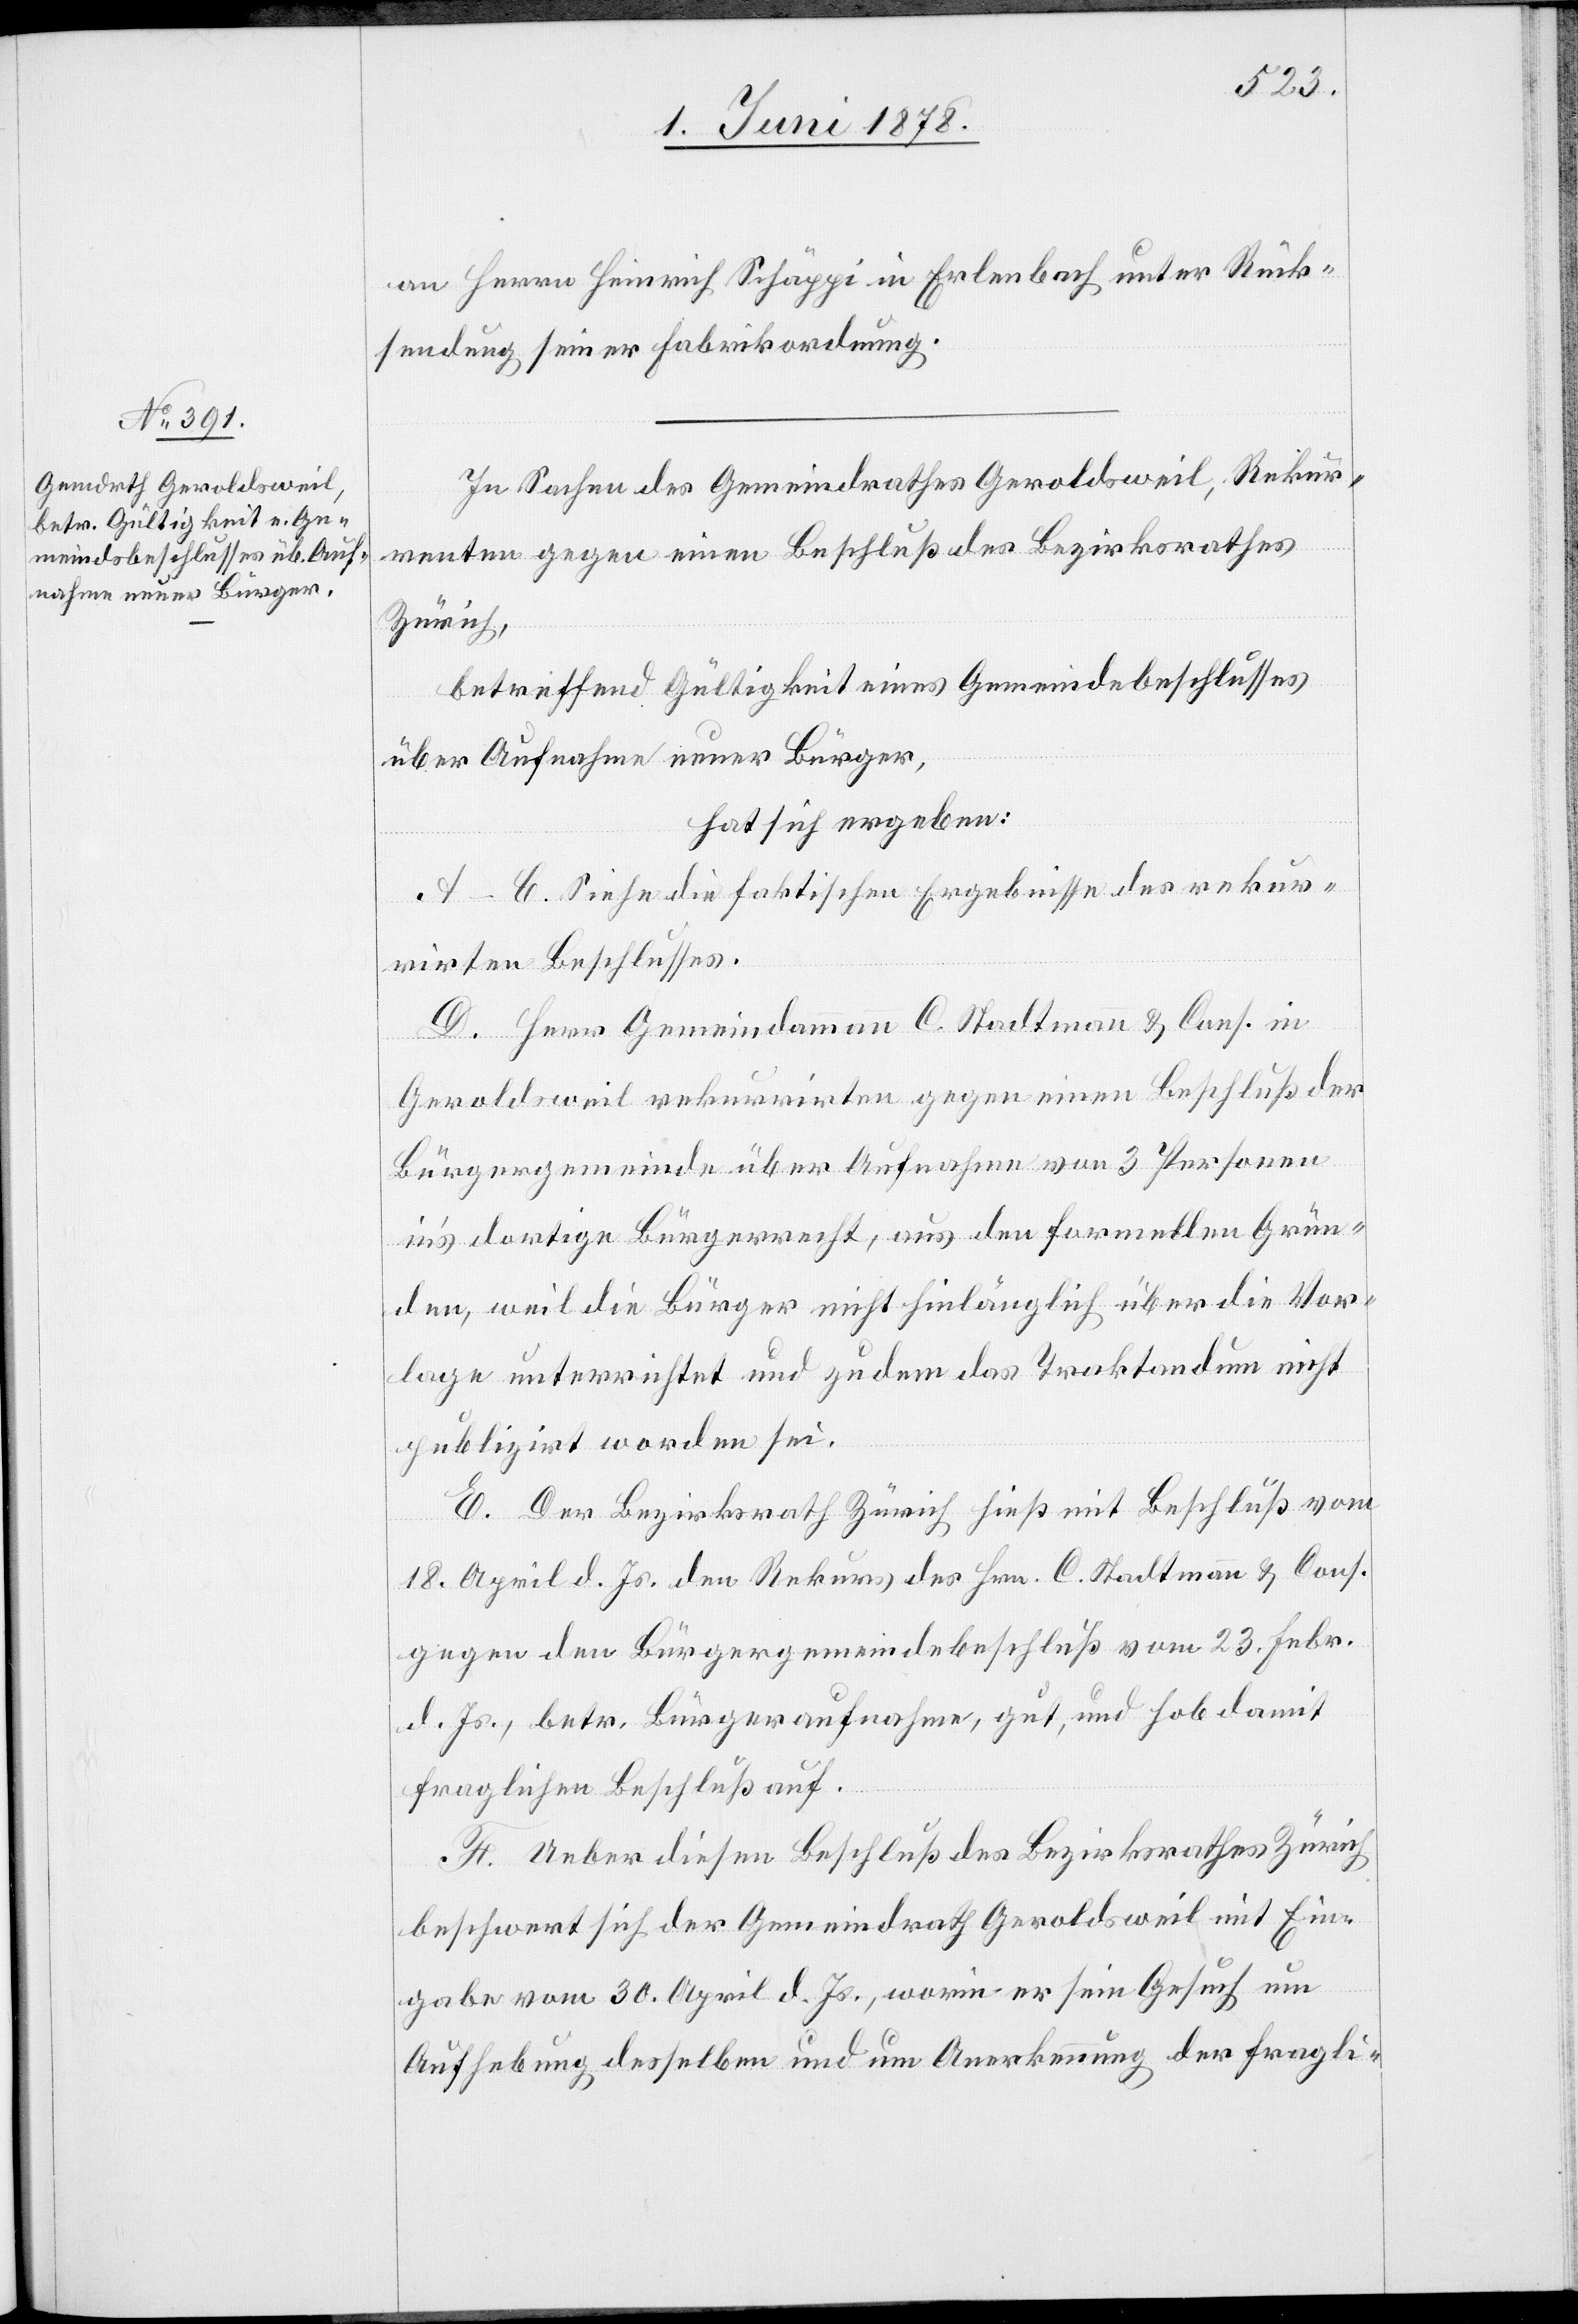
an Herrn Heinrich Schäppi in Erlenbach unter Rück¬
sendung seiner Fabrikordnung.
In Sachen des Gemeindrathes Geroldsweil, Rekur¬
renten gegen einen Beschluß des Bezirksrathes
Zürich,
betreffend Gültigkeit eines Gemeindebeschlusses
über Aufnahme neuer Bürger,
hat sich ergeben:
A–C. Siehe die faktischen Ergebnisse des rekur¬
rirten Beschlusses.
D. Herr Gemeindammann C. Stadtmann & Cons. in
Geroldsweil rekurrirten gegen einen Beschluß der
Bürgergemeinde über Aufnahme von 3 Personen
in’s dortige Bürgerrecht, aus den formellen Grün¬
den, weil die Bürger nicht hinlänglich über die Vor¬
lage unterrichtet und zudem das Traktandum nicht
publizirt worden sei.
E. Der Bezirksrath Zürich hieß mit Beschluß vom
18. April d. Js. den Rekurs des Hrn. C. Stadtmann & Cons.
gegen den Bürgergemeindebeschluß vom 23. Febr.
d. Js., betr. Bürgeraufnahme, gut, und hob damit
fraglichen Beschluß auf.
F. Ueber diesen Beschluß des Bezirksrathes Zürich
beschwert sich der Gemeindrath Geroldsweil mit Ein¬
gabe vom 30. April d. Js., worin er sein Gesuch um
Aufhebung desselben und um Anerkennung der fragli-